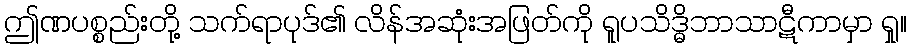
ဤဏပစ္စည်းတို့ သက်ရာပုဒ်၏ လိန်အဆုံးအဖြတ်ကို ရူပသိဒ္ဓိဘာသာဋီကာမှာ ရှု။